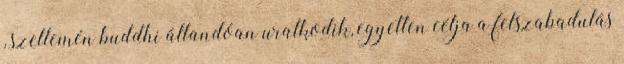
, szellemén buddhi állandóan uralkodik, egyetlen célja a felszabadulás